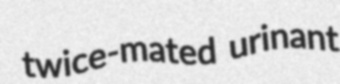
twice-mated urinant